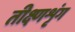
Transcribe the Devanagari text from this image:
तीक्ष्णशृंग